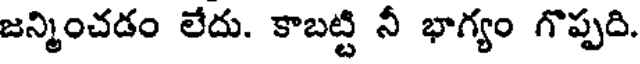
జన్మించడం లేదు. కాబట్టి నీ భాగ్యం గొప్పది.